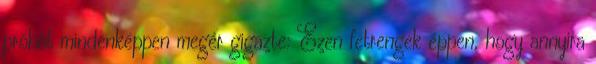
próbát mindenképpen megér gigazte: Ezen fetrengek éppen, hogy annyira